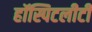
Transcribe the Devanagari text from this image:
हॉस्पिटलीटी